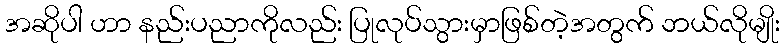
အဆိုပါ ဟာ နည်းပညာကိုလည်း ပြုလုပ်သွားမှာဖြစ်တဲ့အတွက် ဘယ်လိုမျိုး